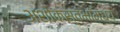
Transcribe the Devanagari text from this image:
अशोकस्तंभांमध्ये